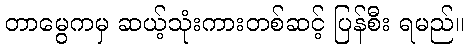
တာမွေကမှ ဆယ့်သုံးကားတစ်ဆင့် ပြန်စီး ရမည်။